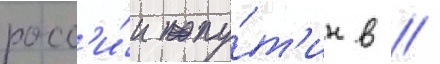
росс'и́и пу́т'ин в //